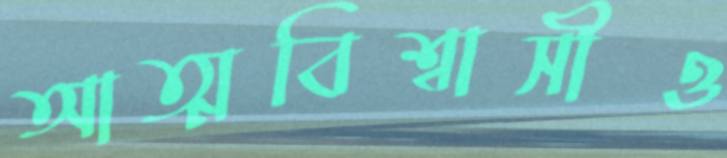
আত্মবিশ্বাসীও